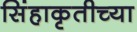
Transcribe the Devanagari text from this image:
सिंहाकृतीच्या